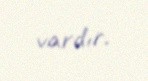
vardır.